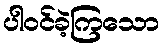
ပါဝင်ခဲ့ကြသော